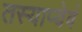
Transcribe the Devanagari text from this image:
तस्याप्येवं